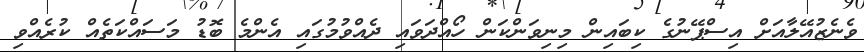
ވެނެޒުއޭލާއަށް އިސްޕޭނުގެ ކިބައިން މިނިވަންކަން ހޯއްދަވައި ދެއްވުމުގައި އެންމެ ބޮޑު މަސައްކަތެއް ކުރެއްވި